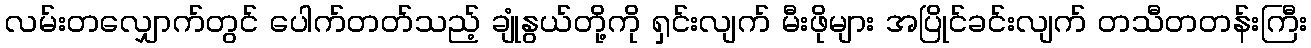
လမ်းတလျှောက်တွင် ပေါက်တတ်သည့် ချုံနွယ်တို့ကို ရှင်းလျက် မီးဖိုများ အပြိုင်ခင်းလျက် တသီတတန်းကြီး